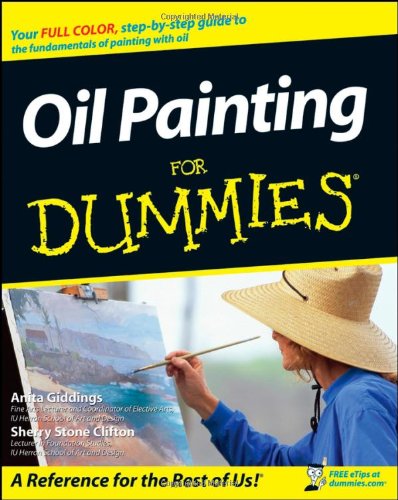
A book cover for Oil Painting For Dummies; Anita Marie Giddings; Arts & Photography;